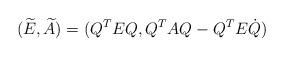
LaTeX: \begin{align*}(\widetilde E,\widetilde A)=(Q^TEQ,Q^TAQ-Q^TE\dot Q)\end{align*}